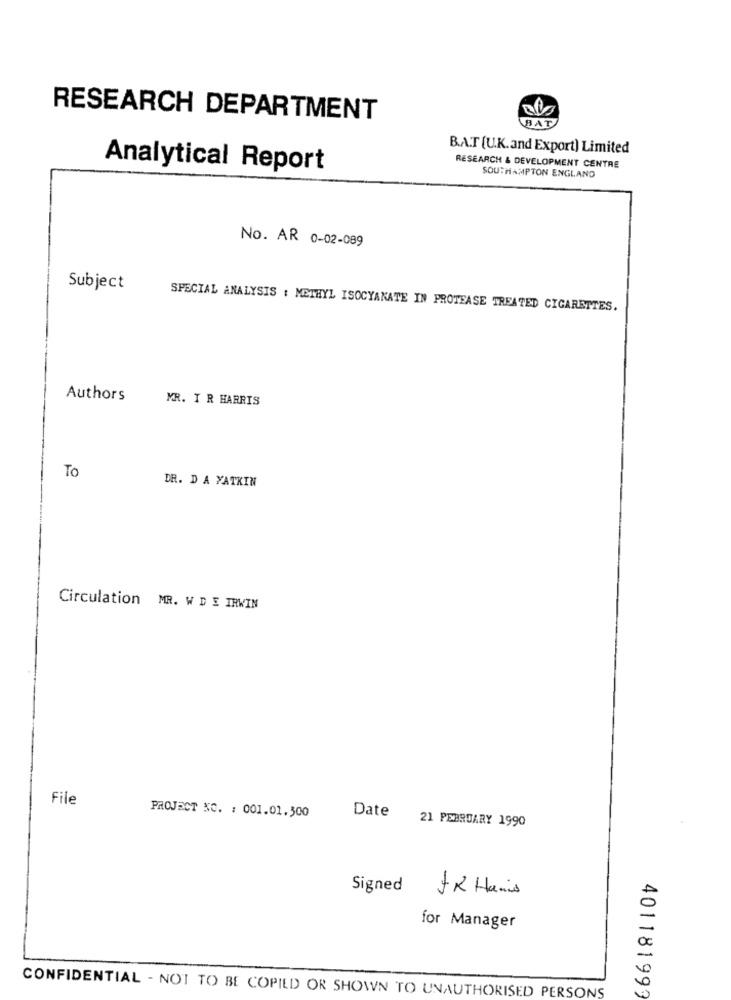
RESEARCH DEPARTMENT
BAT
B.A.T (U.K.and Export) Limited
Analytical Report
RESEARCH & DEVELOPMENT CENTRE
SOUTHAMPTON ENGLAND
No. AR 0-02-089
Subject
SPECIAL ANALYSIS : METHYL ISOCYANATE IN PROTEASE TREATED CIGARETTES.
Authors
MR. T R HARRIS
To
DR. DA YATKIN
Circulation MR. W D E IRWIN
File
PROJECT NC. : 001.01.500
Date
21 FEBRUARY 1990
Signed
FK Hamis
for Manager
401181999
CONFIDENTIAL - NOT TO BE COPIED OR SHOWN TO UNAUTHORISED PERSONS